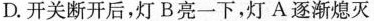
D.开关断开后，灯B亮一下，灯A逐渐熄灭